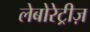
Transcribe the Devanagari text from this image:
लेबोरेट्रीज़